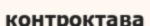
контроктава